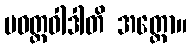
ပဝတ္တဝါဒါတိ အတ္ထော။